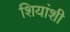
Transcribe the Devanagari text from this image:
शियांशी